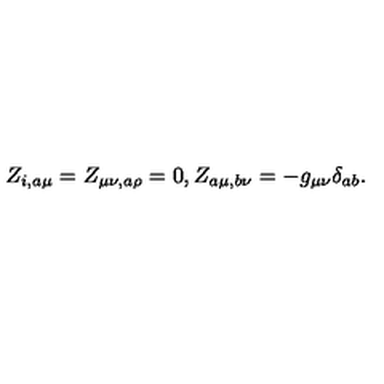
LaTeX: Z _ { i , a \mu } = Z _ { \mu \nu , a \rho } = 0 , Z _ { a \mu , b \nu } = - g _ { \mu \nu } \delta _ { a b } .